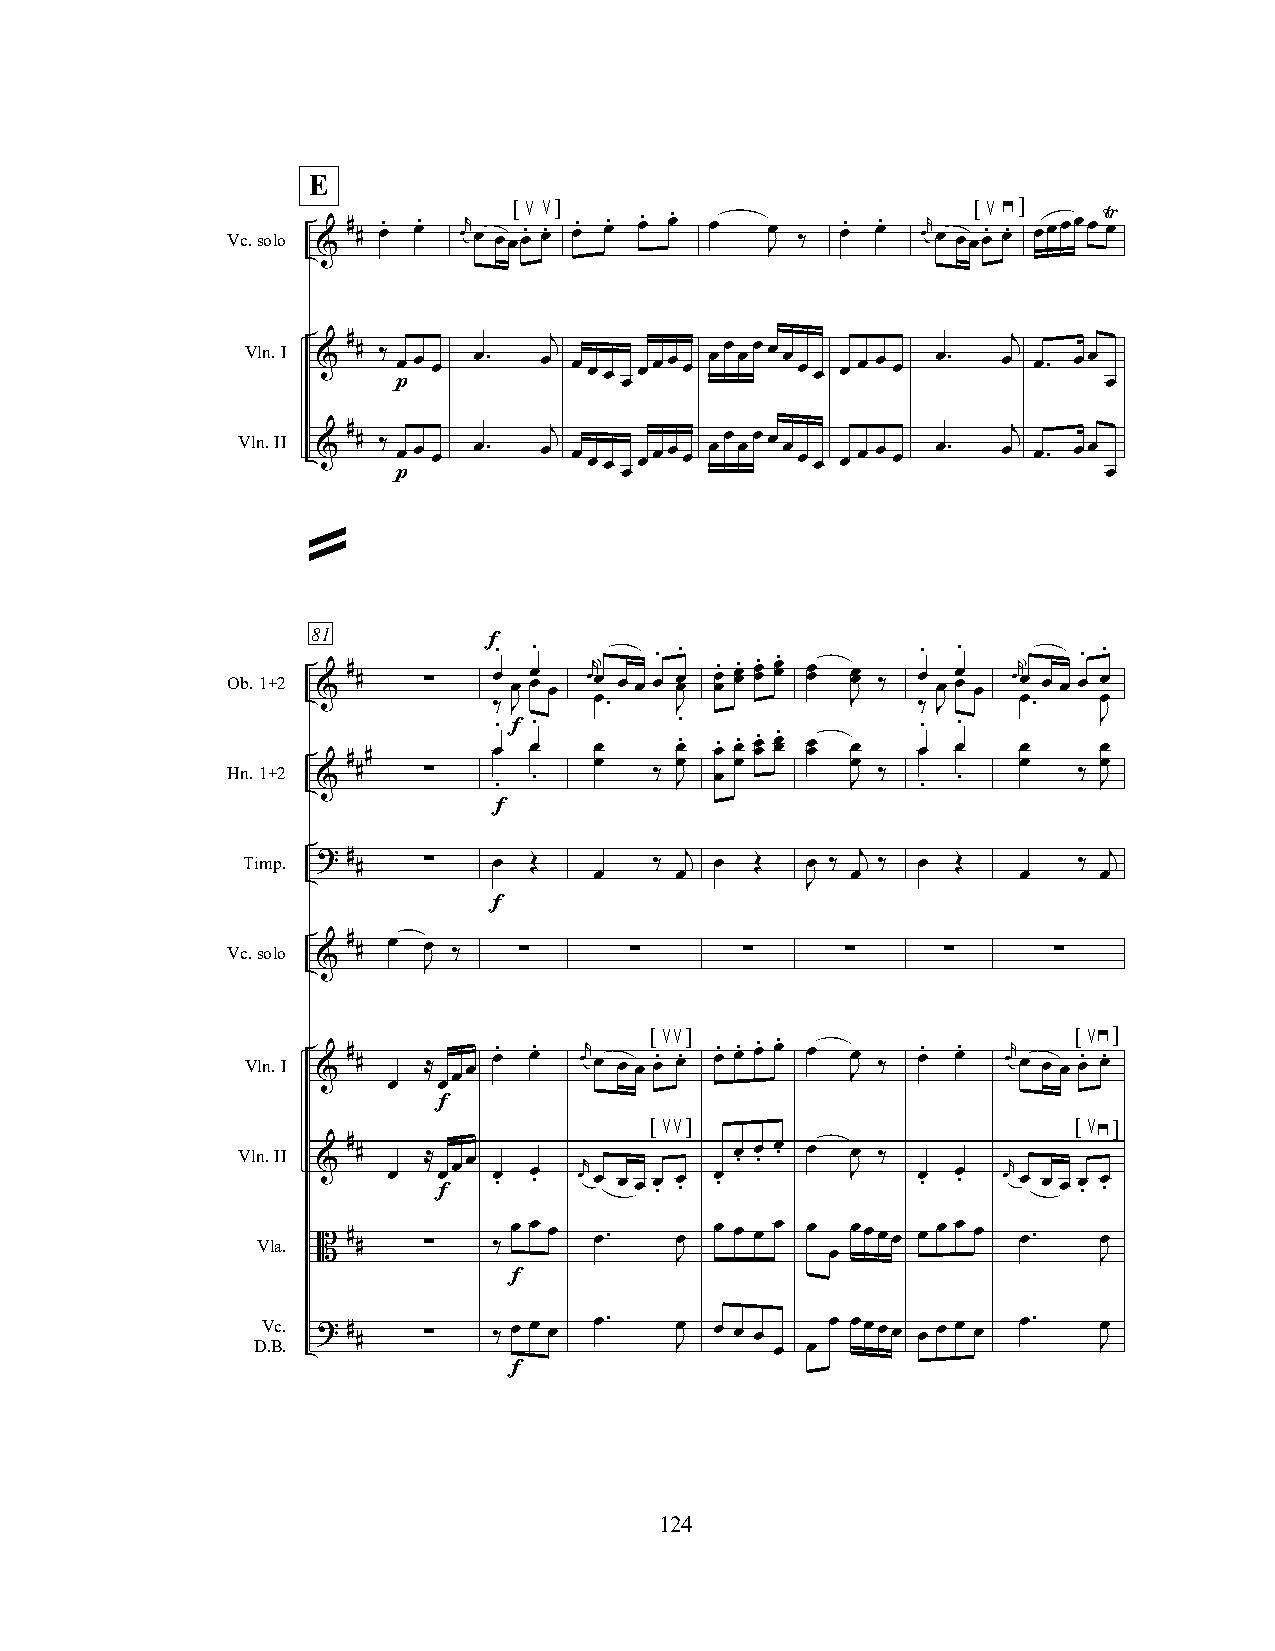
E
 [  ]                          [  ]
 Vc.solo
 &
 # # œ. œ. œr œ œœœ.≤ œ≤ . œ. œ. œ. œ. œ Jœ ‰ œ. œ. œr œ œœœ.≤ œ≥ . œœœœœŸ œ
 Vln.I & # # ‰ œ œ œ œ. œj œ œ œ œœœ œ œœ œœœ œ œ œ œ œ œ œ œ. œj œ. œœ
 p              œ                               œ
 Vln.II & # # ‰ œ œ œ œ. œj œ œ œ œœœ œ œœ œœœ œ œ œ œ œ œ œ œ. œj œ. œœ
 p              œ                               œ
 »
 81
 Ob.1+2 & # # ∑   f œ. œ œ œ. œ œr œ œ œ œ. œ œ. œ œ. œ œ. œ œ. œ œ. œ œ œ œ ‰ œ. œ œ œ. œ œr œ œ œ œ. œ.
 ‰ J
 œ.
 J
 J
 ‰ J
 œ.   œ
 Hn.1+2
 &
 # ##
 ∑
 œœ.
 .
 f œœ.
 .
 œ œ
 ‰
 Jœ œ. . œ œ. œ œ. œ œ. œ œ. œ œ Jœ œ
 ‰
 œœ.
 .
 œœ.
 .
 œ œ
 ‰
 J Jœ œ
 f
 Timp. ? #                    j           j               j
 #   ∑    œ Œ       ‰   œ  Œ  œ ‰  ‰  œ Œ       ‰
 œ     œ          œ           œ    œ
 J
 f
 Vc.solo # # œ œ ‰  ∑       ∑      ∑      ∑      ∑      ∑
 &      J
 [ ]                         [  ]
 Vln.I & # # ≈ œœ œ. œ. œr œ œ œ œ.≤≤ œ. œ. œ. œ. œ. œ Jœ ‰ œ. œ. œr œ œ œ œ.≤≥ œ.
 œ  œ
 f
 [ ]                         [  ]
 Vln.II & # #
 œ
 ≈
 œ
 fœœ
 œ . œ .
 œr
 œ œ œ œ
 .≤≤
 œ . œ .
 œ . œ . œ . œ Jœ ‰
 œ . œ .
 œr
 œ œ œ œ
 .≤≥
 œ .
 Vla.  #          œ œ œ œ.   œ œ œ œ œ œ œœœœ œ œ œ œ œ. œ
 B  #   ∑    ‰
 J         œ                 J
 f
 DV .Bc. . ? # # ∑ ‰ œ œ œ œ. Jœ œ œ œ
 œ œ
 œ œœœœ œ œ œ œ œ. Jœ
 f
 124